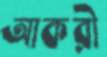
আকরী